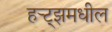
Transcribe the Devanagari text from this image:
हर्‍ट्झमधील